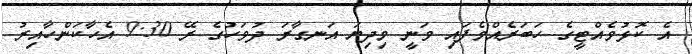
އެ ކޮޅުވެއްޓީގެ ހަބަރެއްވެފައި ވަނީ މިދިޔަ އަނގާރަ ދުވަހުގެ ރޭ 9:30 އެހާކަންހާއިރު